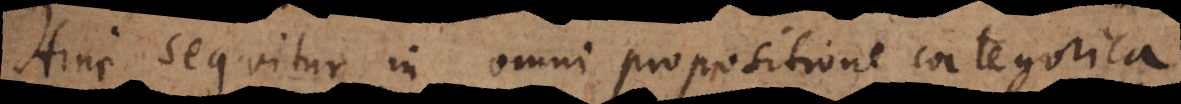
Hinc sequitur in omni propositione categorica